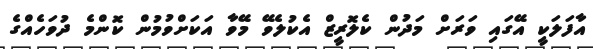
އާފަލަކީ އޭގައި ވަރަށް މަދުން ކެލޮރީޒް އެކުލެވޭ މޭވާ އަކަށްވުމުން ކޮންމެ ދުވަހެއްގެ